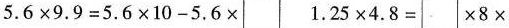
5.6×9.9=5.6×10-5.6× 1.25×4.8=×8×